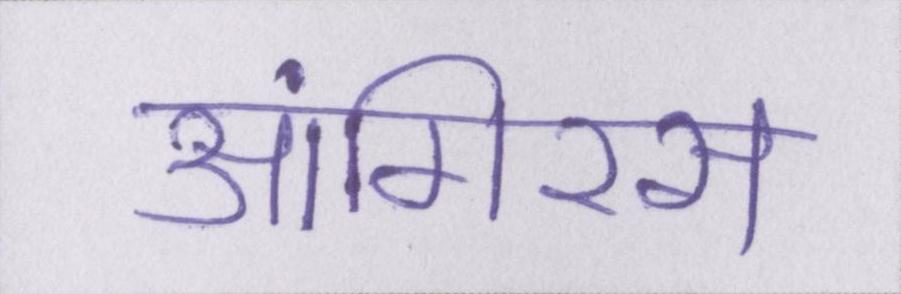
आंगिरस